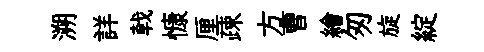
溯詳戟慷厘疎方曹繪匆旋綻